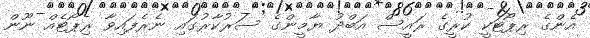
އެންގެ ރިޕޯޓަކީ ކުރީގެ ރައީސް އަބްދު ޔާމީންގެ ސަރުކާރުގައި ނެރެފައިވާ ރިޕޯޓެއް ނޫން